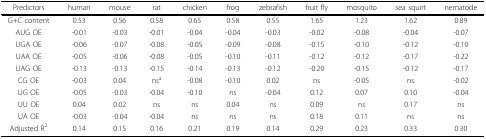
<table><thead><tr><td><b>Predictors</b></td><td><b>human</b></td><td><b>mouse</b></td><td><b>rat</b></td><td><b>chicken</b></td><td><b>frog</b></td><td><b>zebrafish</b></td><td><b>fruit fly</b></td><td><b>mosquito</b></td><td><b>sea squirt</b></td><td><b>nematode</b></td></tr></thead><tbody><tr><td>G+C content</td><td>0.53</td><td>0.56</td><td>0.58</td><td>0.65</td><td>0.58</td><td>0.55</td><td>1.65</td><td>1.23</td><td>1.62</td><td>0.89</td></tr><tr><td>AUG OE</td><td>-0.01</td><td>-0.03</td><td>-0.01</td><td>-0.04</td><td>-0.04</td><td>-0.03</td><td>-0.02</td><td>-0.08</td><td>-0.04</td><td>-0.07</td></tr><tr><td>UGA OE</td><td>-0.06</td><td>-0.07</td><td>-0.08</td><td>-0.05</td><td>-0.09</td><td>-0.08</td><td>-0.15</td><td>-0.10</td><td>-0.12</td><td>-0.10</td></tr><tr><td>UAA OE</td><td>-0.05</td><td>-0.06</td><td>-0.08</td><td>-0.05</td><td>-0.10</td><td>-0.11</td><td>-0.12</td><td>-0.12</td><td>-0.17</td><td>-0.22</td></tr><tr><td>UAG OE</td><td>-0.13</td><td>-0.13</td><td>-0.15</td><td>-0.14</td><td>-0.13</td><td>-0.12</td><td>-0.20</td><td>-0.15</td><td>-0.12</td><td>-0.17</td></tr><tr><td>CG OE</td><td>-0.03</td><td>0.04</td><td>ns<sup>a</sup></td><td>-0.08</td><td>-0.10</td><td>0.02</td><td>ns</td><td>-0.05</td><td>ns</td><td>-0.02</td></tr><tr><td>UG OE</td><td>-0.05</td><td>-0.03</td><td>-0.04</td><td>-0.10</td><td>ns</td><td>-0.04</td><td>0.12</td><td>0.07</td><td>0.10</td><td>-0.04</td></tr><tr><td>UU OE</td><td>0.04</td><td>0.02</td><td>ns</td><td>ns</td><td>0.04</td><td>ns</td><td>0.09</td><td>ns</td><td>0.17</td><td>ns</td></tr><tr><td>UA OE</td><td>-0.03</td><td>-0.04</td><td>-0.04</td><td>ns</td><td>ns</td><td>ns</td><td>0.18</td><td>0.11</td><td>ns</td><td>ns</td></tr><tr><td>Adjusted R<sup>2</sup></td><td>0.14</td><td>0.15</td><td>0.16</td><td>0.21</td><td>0.19</td><td>0.14</td><td>0.29</td><td>0.23</td><td>0.33</td><td>0.30</td></tr></tbody></table>